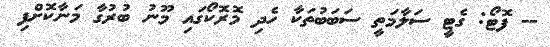
-- ފޮޓޯ: ގެޓީ ސަލާމަތީ ސަބަބުތަކާ ހެދި މޮރޮކޯގައި މޫނު ބުރުގާ މަނާކޮށްފި